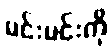
မင်းမင်းကို